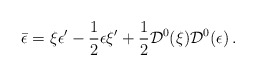
\begin{align*}\bar\epsilon = \xi \epsilon^\prime-\frac{1}{2} \epsilon \xi^\prime+\frac{1}{2} {\cal D}^0 (\xi ) {\cal D}^0 (\epsilon)\,.\end{align*}